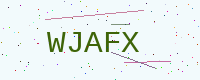
Text: WJAFX